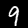
Label: 9